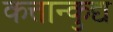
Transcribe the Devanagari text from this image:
कत्तान्कुद्य